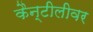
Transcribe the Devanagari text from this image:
कैन्टीलीवर